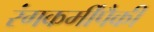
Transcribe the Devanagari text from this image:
रंगकर्मींपैकी